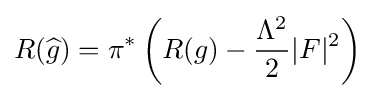
R({\widehat {g}})=\pi ^{*}\left(R(g)-{\frac {\Lambda ^{2}}{2}}|F|^{2}\right)